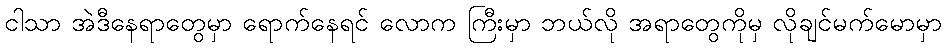
ငါသာ အဲဒီနေရာတွေမှာ ရောက်နေရင် လောက ကြီးမှာ ဘယ်လို အရာတွေကိုမှ လိုချင်မက်မောမှာ